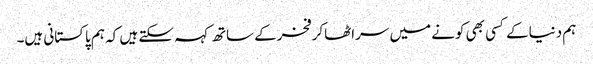
ہم دنیاکے کسی بھی کونے میں سراٹھاکرفخرکے ساتھ کہہ سکتے ہیں کہ ہم پاکستانی ہیں۔